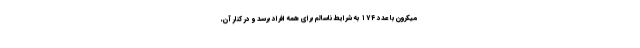
میکرون با عدد ۱۷۴ به شرایط ناسالم برای همه افراد برسد و در کنار آن،